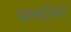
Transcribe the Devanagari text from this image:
सप्तॠषियों